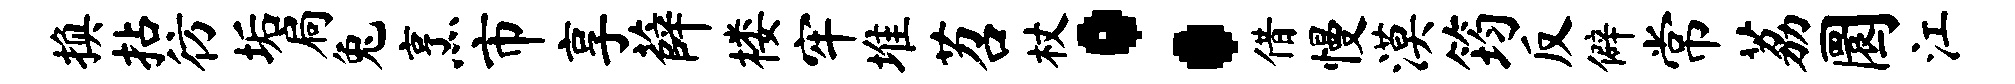
换拈彷垢扃兔烹市享薛楼牢堆苕杖：借慢漠筠反僻常荔圜江